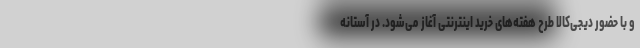
و با حضور دیجی‌کالا طرح هفته‌های خرید اینترنتی آغاز می‌شود. در آستانه